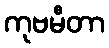
ကုဗမီတာ